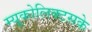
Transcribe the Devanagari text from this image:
म्यूकोलिक्टसके